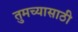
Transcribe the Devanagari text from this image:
तुमच्यासाठी